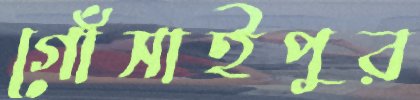
গোঁসাইপুর